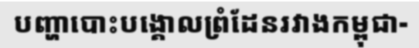
បញ្ហាបោះបង្គោលព្រំដែនរវាងកម្ពុជា-